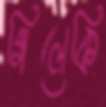
গিলেকি